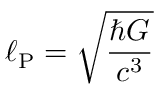
\ell _ { \mathrm { P } } = { \sqrt { \frac { \hbar G } { c ^ { 3 } } } }